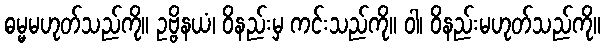
ဓမ္မမဟုတ်သည်ကို။ ဥဗ္ဗိနယံ၊ ဝိနည်းမှ ကင်းသည်ကို။ ဝါ၊ ဝိနည်းမဟုတ်သည်ကို။